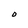
Character: D